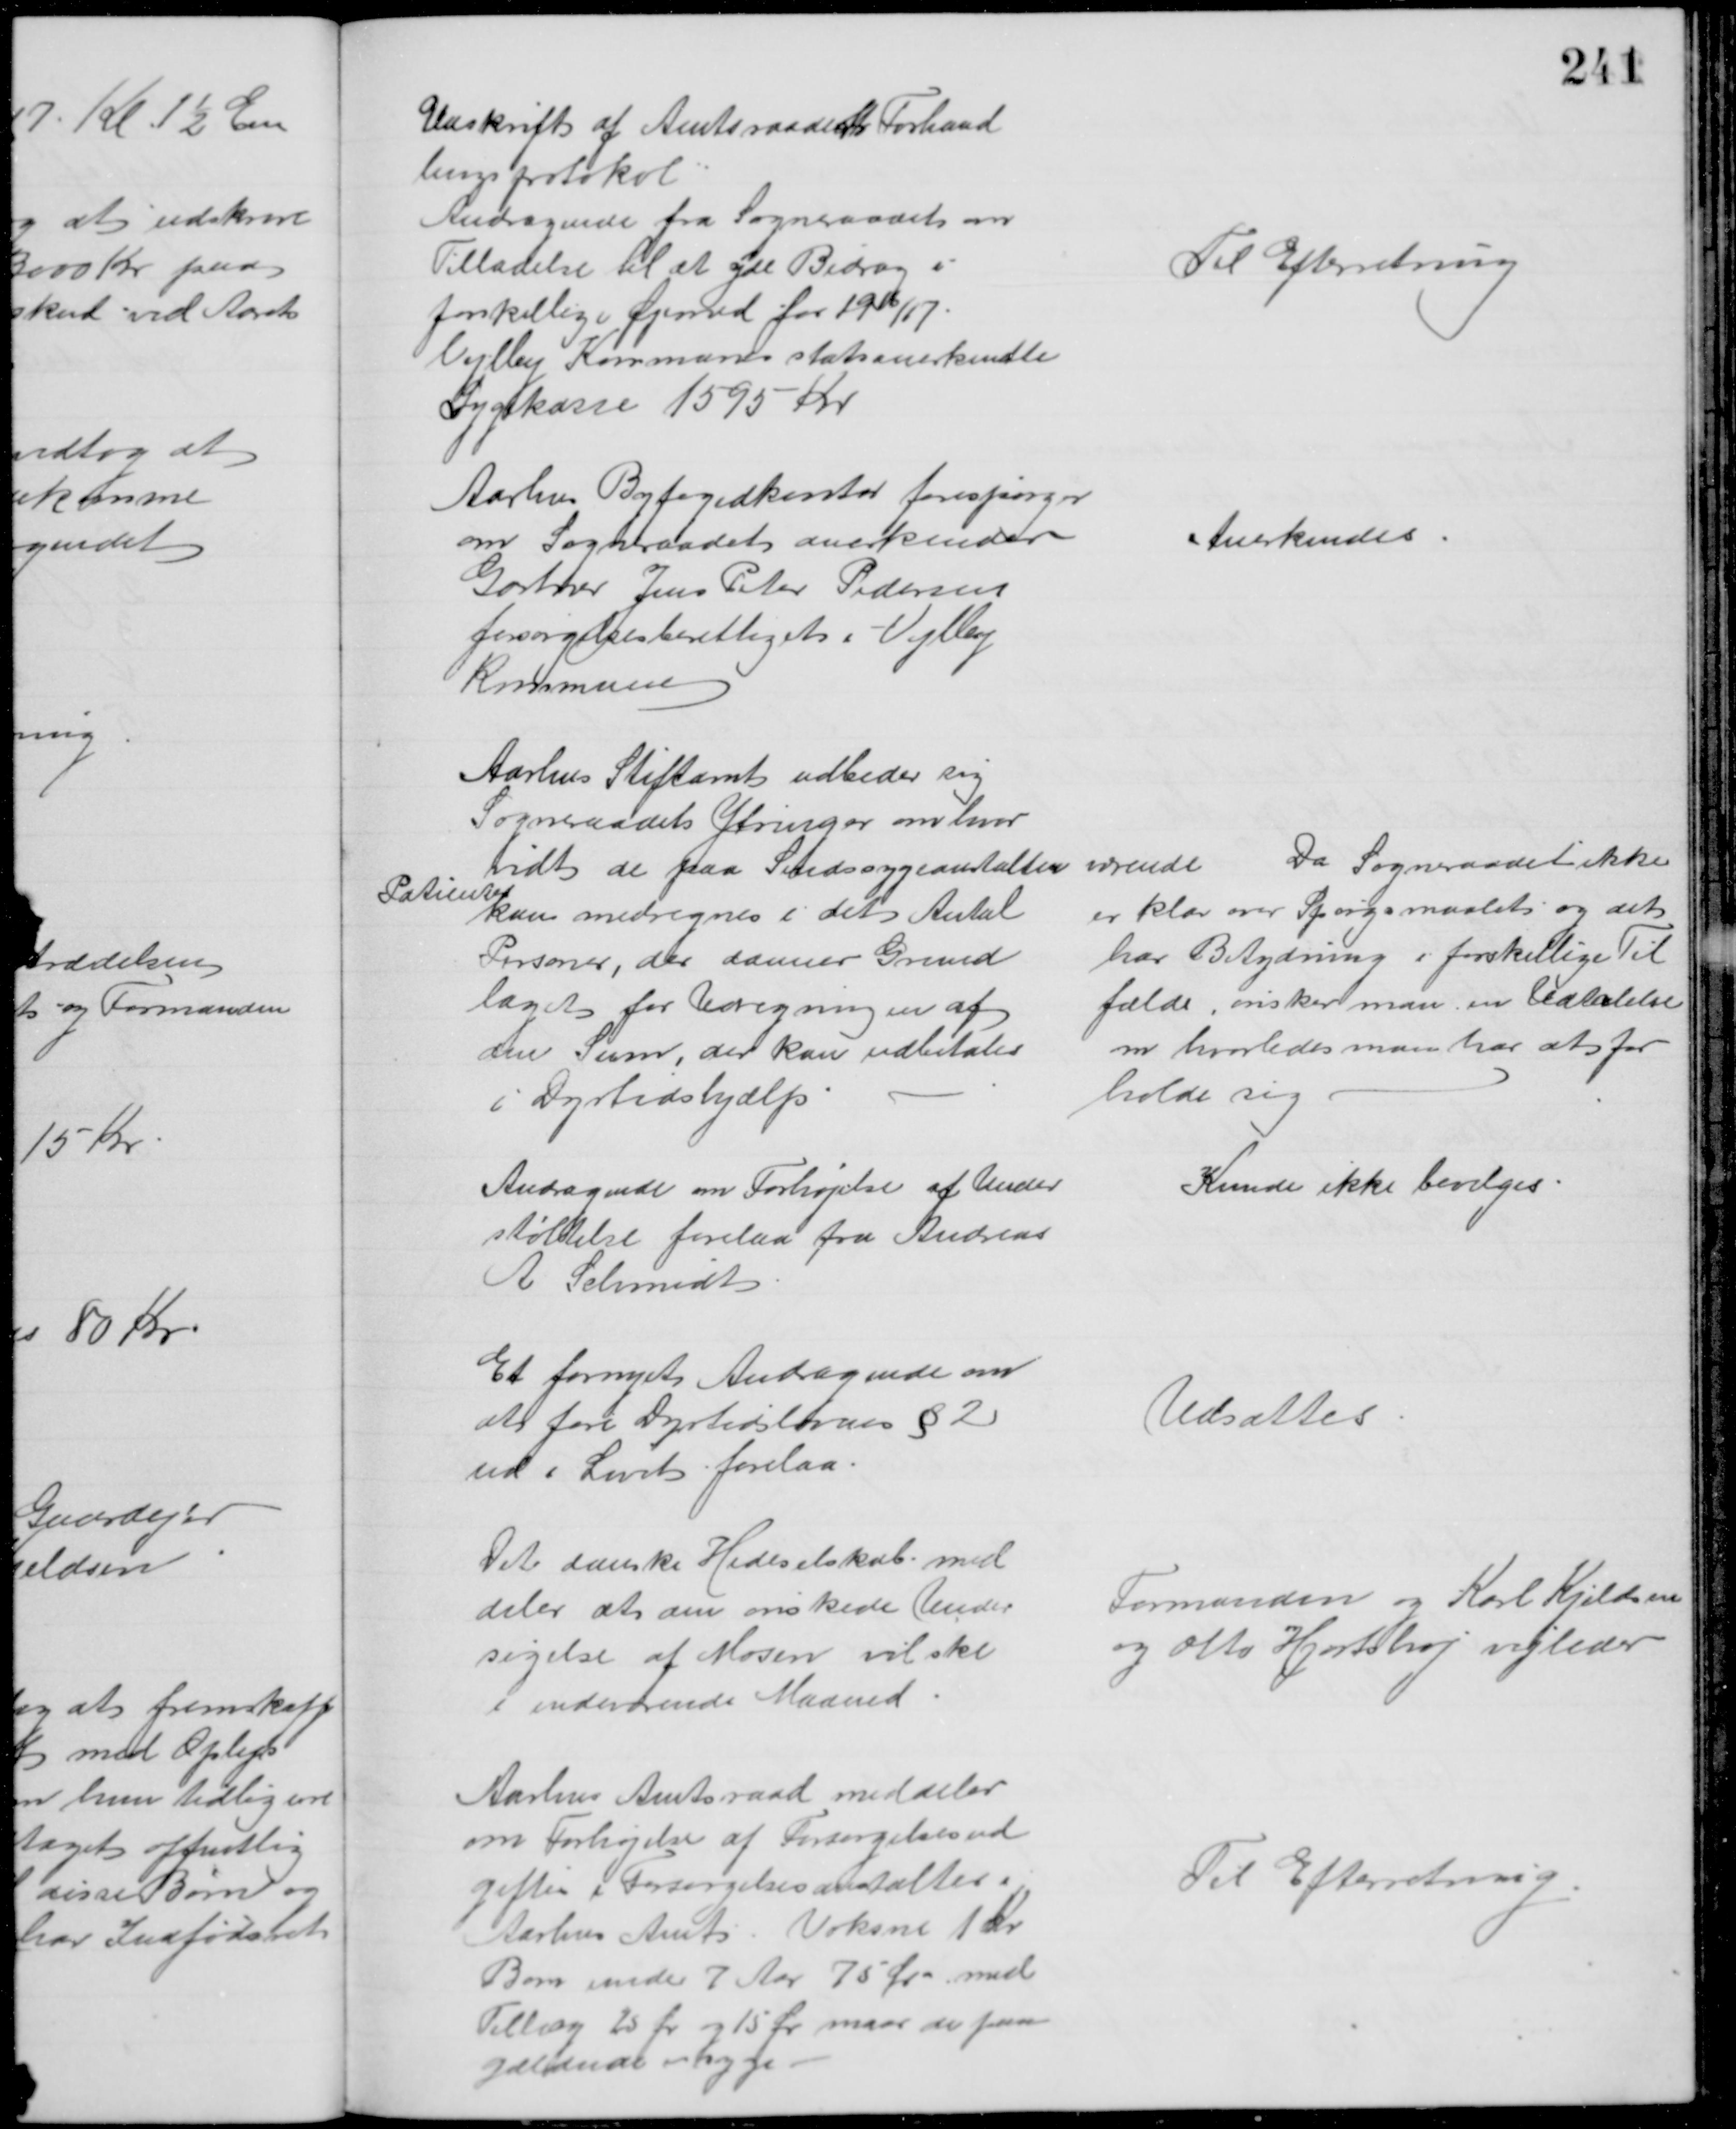
Transskription:
Udskrift af Amtsraadets Forhand
lingsprotokol
Andragende fra Sogneraadet om
Tilladelse til at yde Bidrag i
forskellige Øjemed for 1916/17
Vejlby Kommunes statsanerkendte
Sygekasse 1595 Kr
Til Efterretning
Aarhus Byfogedkontor forespørger
om Sogneraadet anerkender
Gartner Jens Peter Pedersen
forsørgelsesberettiget i Vejlby
Kommune
Anerkendes
Aarhus Stiftamt udbeder sig
Sogneraadets Ytringer om hvor
vidt de paa Sindssygeanstalten værende 
Patienter
kan medregnes i det Antal
Personer, der danner Grund
laget for Udregningen af
den sum, der kan udbetales
i Dyrtidshjælp
Da Sogneraadet ikke
er klar over Spørgsmaalet og det
har Betydning i forskellige Til
fælde, ønsker man en Udtalelse
om hvorledes man har at for
holde sig
Andragende om Forhøjelse af Under
støttelse forelaa fra Andreas
A Schmidt
Kunde ikke bevilges
Et fornyet Andragende om
at føre Dyrtidslovens §2
ud i Livet forelaa
Udsattes
Det danske Hedeselskab med
deler at den ønskede Under
søgelse af Mosen vil ske
i indeværende Maaned
Formanden og Karl Kjeldsen
og Otto Hjortshøj vejleder
Aarhus Amtsraad meddeler
om Forhøjelse af Forsørgelsesud
gifter i Forsørgelsesanstalten i
Aarhus Amts Voksne 1 Kr
Børn under 7 Aar 75 Øre med
Tillæg 25 Ør og 15 Ør maar de paa
gældende er syge
Til Efterretning